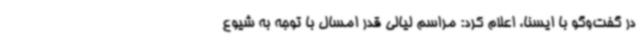
در گفت‌وگو با ایسنا، اعلام کرد: مراسم لیالی قدر امسال با توجه به شیوع